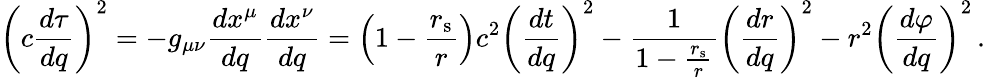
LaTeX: \left(c{\frac{d\tau}{dq}}\right)^{2}=-g_{\mu\nu}{\frac{dx^{\mu}}{dq}}{\frac{dx^{\nu}}{dq}}=\left(1-{\frac{r_{\mathrm{{s}}}}{r}}\right)c^{2}\left({\frac{dt}{dq}}\right)^{2}-{\frac{1}{1-{\frac{r_{\mathrm{{s}}}}{r}}}}\left({\frac{dr}{dq}}\right)^{2}-r^{2}\left({\frac{d\varphi}{dq}}\right)^{2}\, .